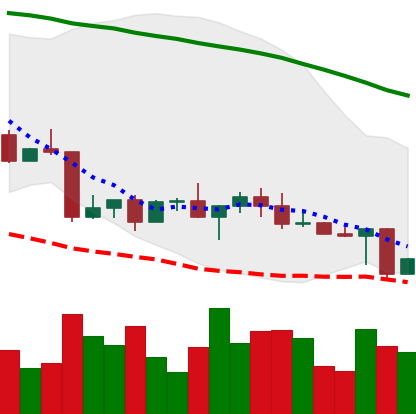
Ticker: LINK-USD
Chart end date: 2022-04-27
Forward return: -12.207%
Label: down_7plus